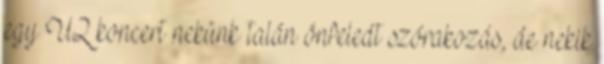
egy U2 koncert nekünk talán önfeledt szórakozás, de nekik